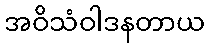
အဝိသံဝါဒနတာယ